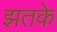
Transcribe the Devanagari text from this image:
झतके